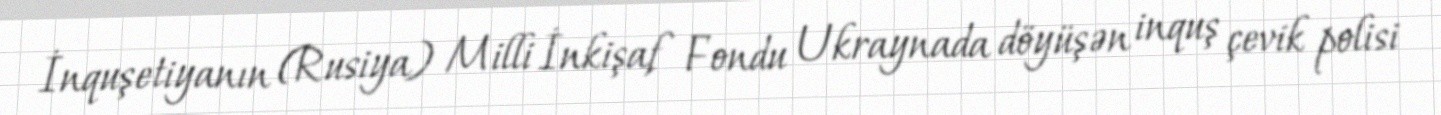
İnquşetiyanın (Rusiya) Milli İnkişaf Fondu Ukraynada döyüşən inquş çevik polisi